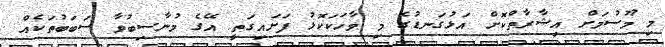
މި މޫސުމަށް އިޝާރާތްކޮށް އަޅުގަނޑުގެ މި ވާހަކަކޮޅު ފަށައިގަތީ އޭގެ މުނާސިބުވާ ސަބަބުތަކެއް